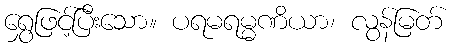
ရွှေဖြင့်ပြီးသော။ ပရမရမ္မဏိယာ၊ လွန်မြတ်